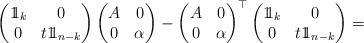
LaTeX: \begin{align*}\begin{pmatrix}1\!\!1_{k} & 0\\0 & t1\!\!1_{n-k}\end{pmatrix}\begin{pmatrix}A & 0\\0 & \alpha\end{pmatrix}-\begin{pmatrix}A & 0\\0 & \alpha\end{pmatrix}^{\top}\begin{pmatrix}1\!\!1_{k} & 0\\0 & t1\!\!1_{n-k}\end{pmatrix}=\end{align*}